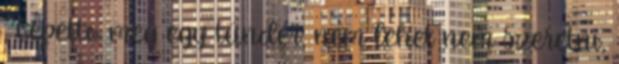
, Gepetto meg egy tündér, nem lehet nem szeretni,